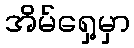
အိမ်ရှေ့မှာ